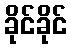
ခိုင်ခိုင်